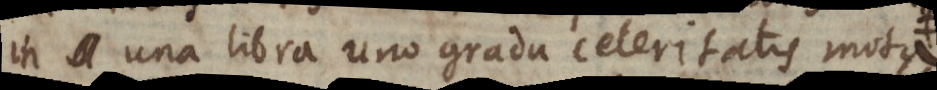
in una libra uno gradu celeritatis mota.